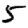
Digit: 5